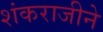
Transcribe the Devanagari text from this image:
शंकराजीने